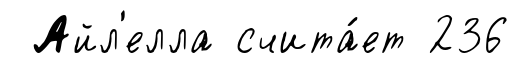
Айл'елла счита́ет 236